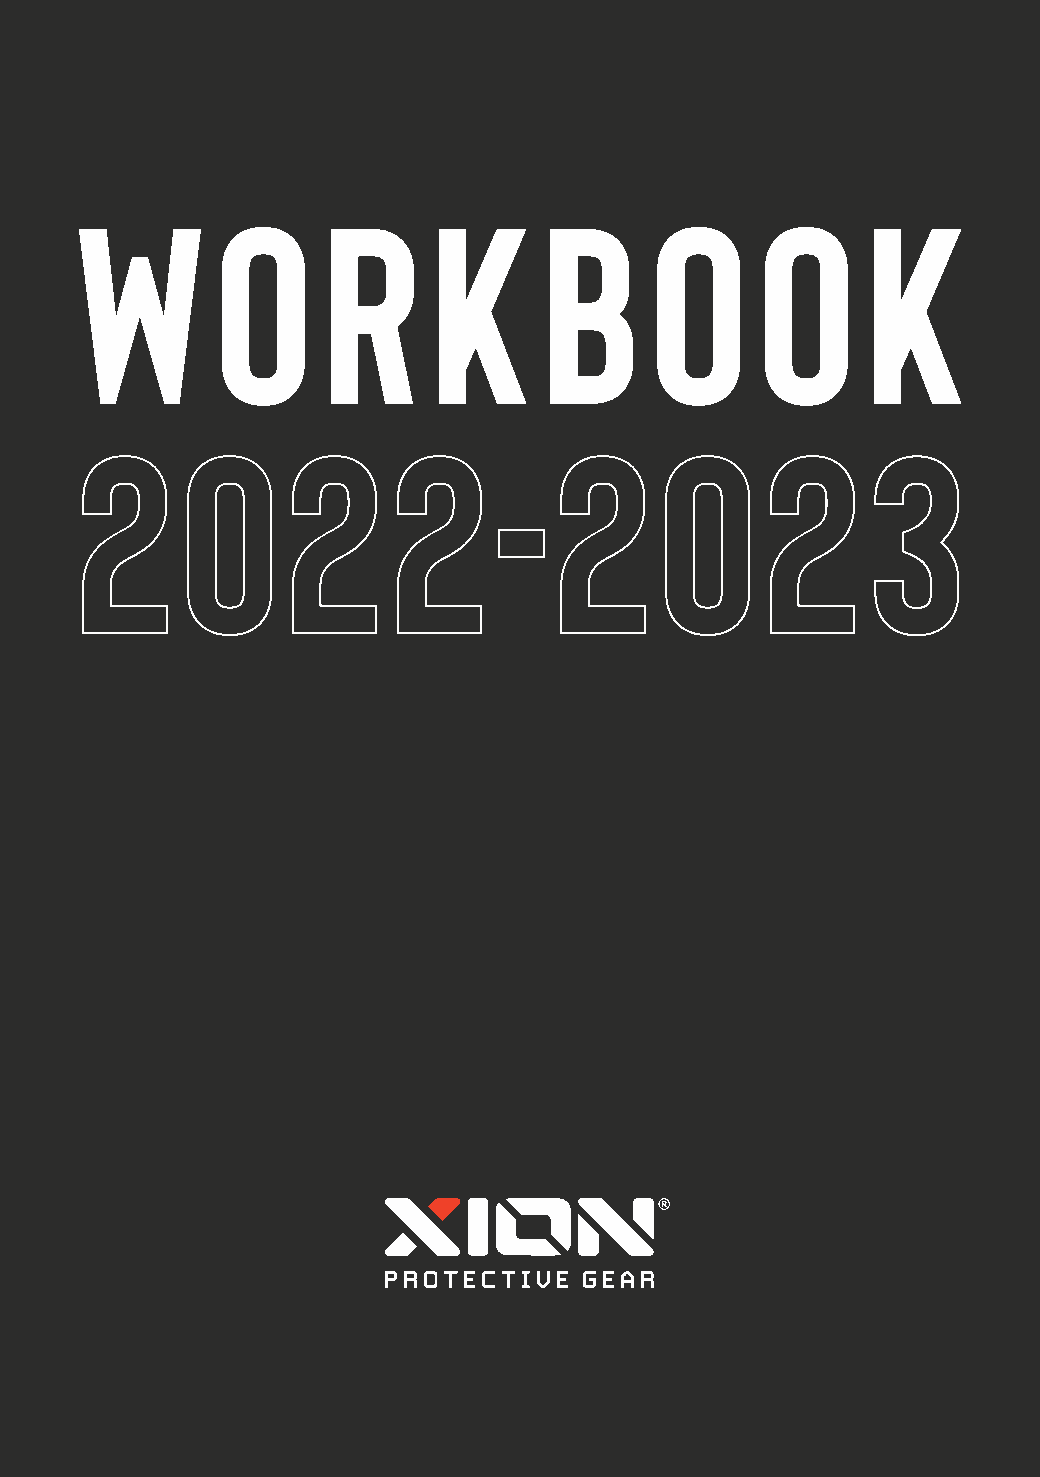
W        O      R      K       B      O      O      K
 2022                        -   202                 3